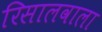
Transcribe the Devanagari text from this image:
रिसालवाला